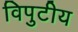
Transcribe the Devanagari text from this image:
विपुटीय